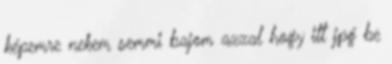
képemre nekem semmi bajom azzal hogy itt jpg be